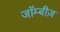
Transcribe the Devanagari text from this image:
जॉम्बीज़